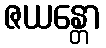
ဇယန္တော